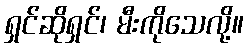
ရှင်ဆိုရှင်၊ မီးကိုသေလို့။